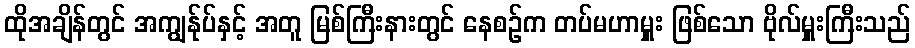
ထိုအချိန်တွင် အကျွန်ုပ်နှင့် အတူ မြစ်ကြီးနားတွင် နေစဉ်က တပ်မဟာမှူး ဖြစ်သော ဗိုလ်မှူးကြီးသည်